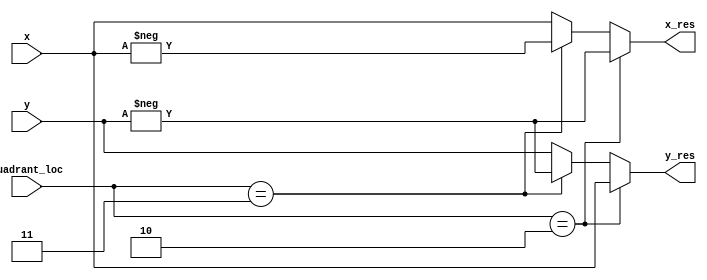
module output_mapping(
input signed [19:0] x, 
input signed [19:0] y,
input [2:0] quadrant_loc,
output reg signed [19:0] x_res,
output reg signed [19:0] y_res
    );
    
// Updating the x values of the result
always@(*)
    begin
        if (quadrant_loc == 3'd2) x_res = -y;
        else if (quadrant_loc == 3'd3) x_res = -x;
        else  x_res = x;// including both 1st and 4th quadrant      
    end
 
// Updating the y values of the result   
 always@(*)
   begin
     if (quadrant_loc == 3'd2)       y_res = x;
     else if (quadrant_loc == 3'd3)  y_res = -y;
     else                            y_res = y; 
   end
    
endmodule